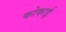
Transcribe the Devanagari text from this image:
कोकाई